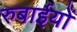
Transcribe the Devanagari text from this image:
रुबाईयों